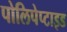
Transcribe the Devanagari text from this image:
पोलिपेप्टाइड